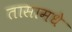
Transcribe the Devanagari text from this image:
तासामधे